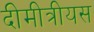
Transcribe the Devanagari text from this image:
दीमीत्रीयस